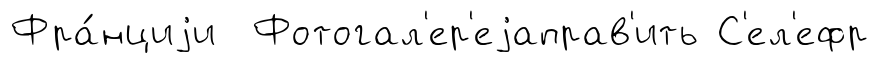
Фра́нциjи Фотогал'ер'еjаправ'ить С'ел'ефр